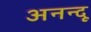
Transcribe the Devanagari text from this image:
अनन्‍दू